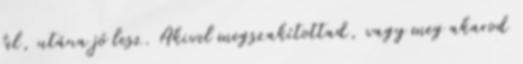
fel, utána jó lesz. Akivel megszakítottad, vagy meg akarod